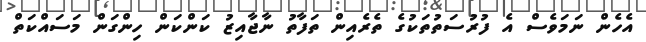
އެހެން ނަމަވެސް އެ ފުރުސަތުތަކުގެ ތެރެއިން ތަފާތު ނާޖާއިޒު ކަންކަން ހިންގަން މަސައްކަތް